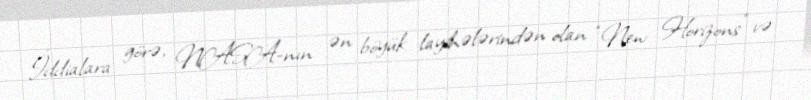
İddialara görə, NASA-nın ən böyük layihələrindən olan “New Horizons” və